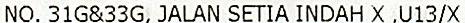
NO. 31G&33G, JALAN SETIA INDAH X ,U13/X